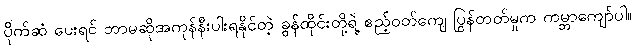
ပိုက်ဆံ ပေးရင် ဘာမဆိုအကုန်နီးပါးရနိုင်တဲ့ ခွန်ထိုင်းတို့ရဲ့ ဧည့်ဝတ်ကျေ ပြွန်တတ်မှုက ကမ္ဘာကျော်ပါ။